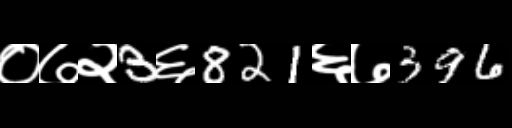
Text: ०७२3६821६७396